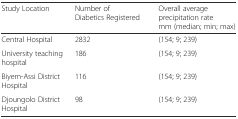
<table><thead><tr><td><b>Study Location</b></td><td><b>Number of Diabetics Registered</b></td><td><b>Overall average precipitation rate mm (median; min; max)</b></td></tr></thead><tbody><tr><td>Central Hospital</td><td>2832</td><td>(154; 9; 239)</td></tr><tr><td>University teaching hospital</td><td>186</td><td>(154; 9; 239)</td></tr><tr><td>Biyem-Assi District Hospital</td><td>116</td><td>(154; 9; 239)</td></tr><tr><td>Djoungolo District Hospital</td><td>98</td><td>(154; 9; 239)</td></tr></tbody></table>